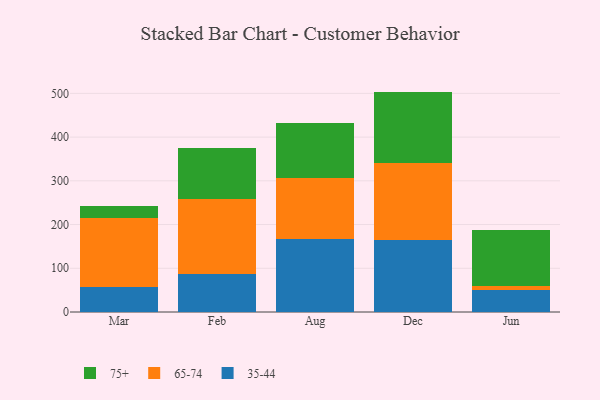
{"axis": {"x": "Month", "y": "Backlog"}, "legend": ["35-44", "65-74", "75+"], "data": [{"x": "Mar", "y": 57.6, "type": "35-44"}, {"x": "Mar", "y": 157.1, "type": "65-74"}, {"x": "Mar", "y": 28.7, "type": "75+"}, {"x": "Feb", "y": 87.8, "type": "35-44"}, {"x": "Feb", "y": 171.1, "type": "65-74"}, {"x": "Feb", "y": 116.4, "type": "75+"}, {"x": "Aug", "y": 167.4, "type": "35-44"}, {"x": "Aug", "y": 138.3, "type": "65-74"}, {"x": "Aug", "y": 126.4, "type": "75+"}, {"x": "Dec", "y": 163.6, "type": "35-44"}, {"x": "Dec", "y": 177.5, "type": "65-74"}, {"x": "Dec", "y": 163.0, "type": "75+"}, {"x": "Jun", "y": 49.3, "type": "35-44"}, {"x": "Jun", "y": 11.3, "type": "65-74"}, {"x": "Jun", "y": 127.4, "type": "75+"}]}